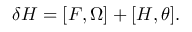
\delta H = [ F , \Omega ] + [ H , \theta ] .